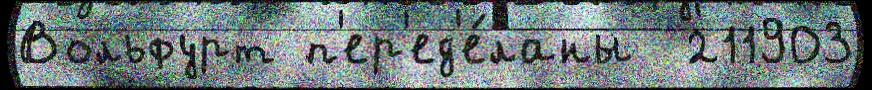
Вольфурт п'ер'ед'е́ланы  211903